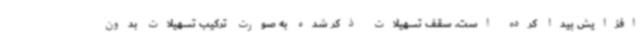
افزایش پیدا کرده است. سقف تسهیلات ذکر شده به صورت ترکیب تسهیلات بدون